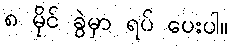
၈ မိုင် ခွဲမှာ ရပ် ပေးပါ။